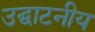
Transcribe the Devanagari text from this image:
उद्घाटनीय